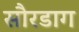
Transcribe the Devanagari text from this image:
सौरडाग